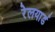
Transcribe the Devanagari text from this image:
रेलयार्ड